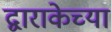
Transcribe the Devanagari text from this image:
द्वाराकेच्या